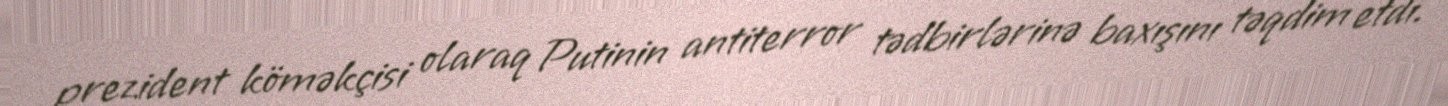
prezident köməkçisi olaraq Putinin antiterror tədbirlərinə baxışını təqdim etdi.